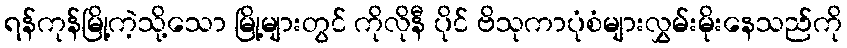
ရန်ကုန်မြို့ကဲ့သို့သော မြို့များတွင် ကိုလိုနီ ပိုင် ဗိသုကာပုံစံများလွှမ်းမိုးနေသည်ကို